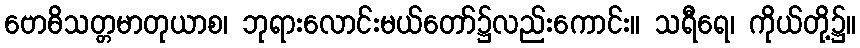
ဗောဓိသတ္တမာတုယာစ၊ ဘုရားလောင်းမယ်တော်၌လည်းကောင်း။ သရီရေ၊ ကိုယ်တို့၌။